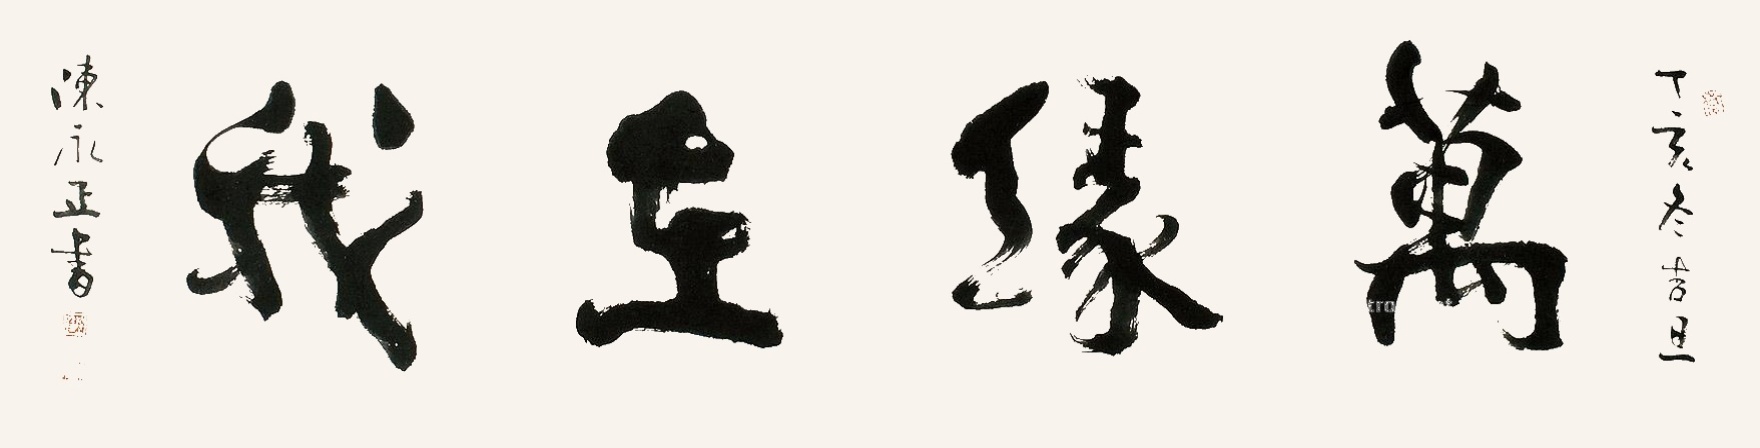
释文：万缘在我。丁亥冬吉旦，陈永正书。